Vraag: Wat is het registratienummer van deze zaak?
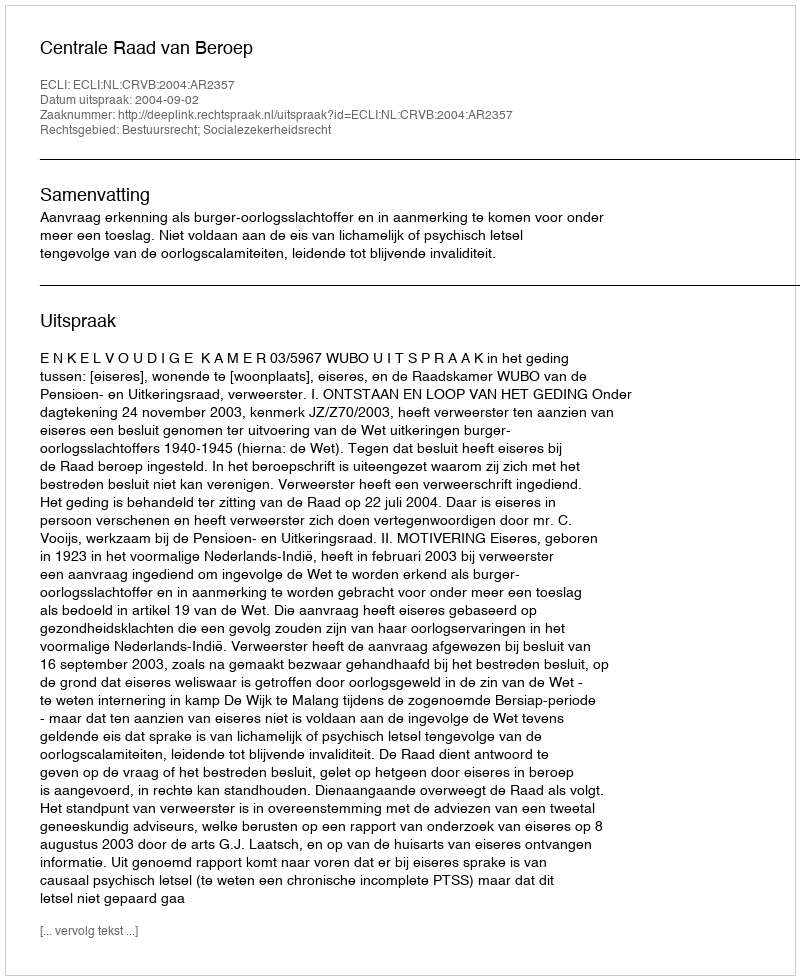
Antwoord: http://deeplink.rechtspraak.nl/uitspraak?id=ECLI:NL:CRVB:2004:AR2357